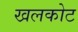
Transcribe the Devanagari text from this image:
खलकोट